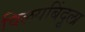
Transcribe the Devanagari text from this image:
विलयबिंदूला